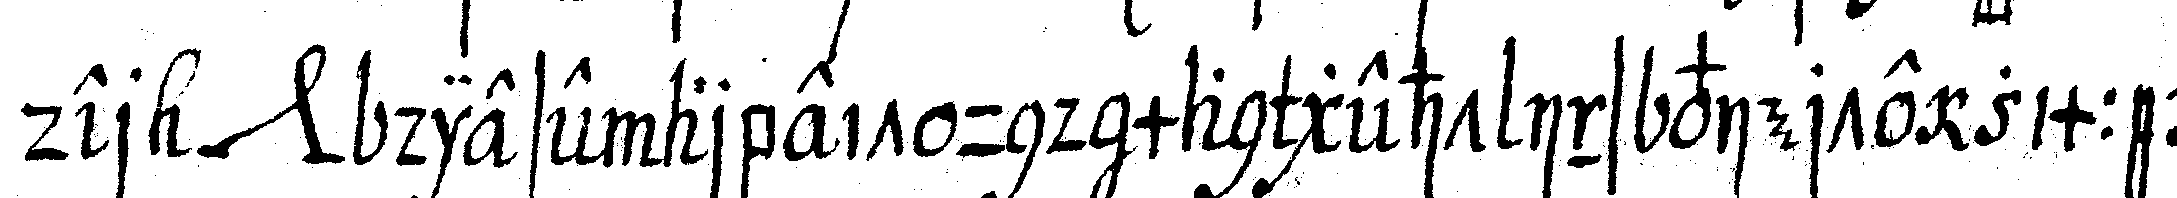
der *nee* diese arbeit und man geht ins vierte zimmer